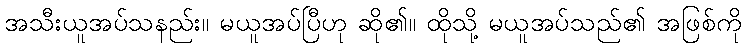
အသီးယူအပ်သနည်း။ မယူအပ်ပြီဟု ဆို၏။ ထိုသို့ မယူအပ်သည်၏ အဖြစ်ကို